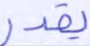
يقدر